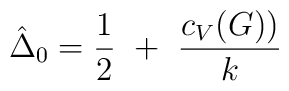
\hat\Delta_0={1\over2}~+~{c_V(G))\over k}